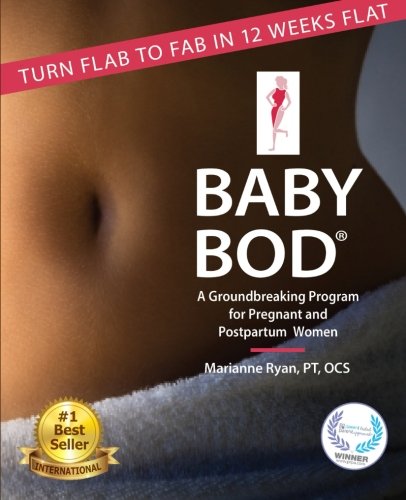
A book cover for Baby Bod: Turn Flab to Fab in 12 Weeks Flat!; Marianne Ryan; Health, Fitness & Dieting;